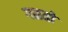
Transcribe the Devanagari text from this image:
गळतो